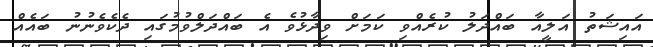
އައިޝަތު އަލީއާ ބައްދަލު ކުރެއްވި ކަމަށް ވިދާޅުވެ އެ ބައްދަލްވުމުގައި ދެކެވެނުނު ބައެއް